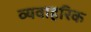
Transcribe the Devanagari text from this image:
व्यवाहरिक